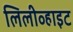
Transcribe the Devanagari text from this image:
लिलीव्हाइट